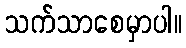
သက်သာစေမှာပါ။